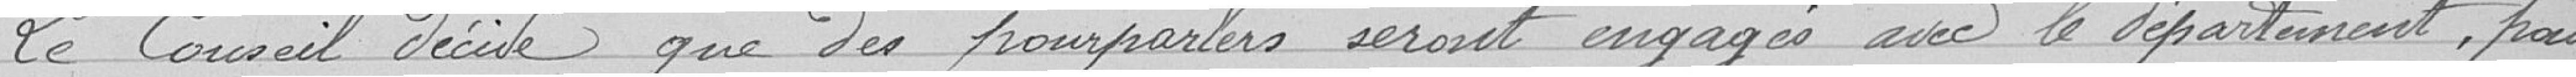
Le Conseil décide que des pourparlrs seront engagés avec le département, pour